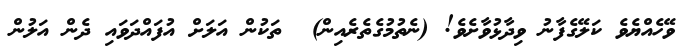
ވޭހެއްޔެވެ ކަލޭގެފާނު ވިދާޅުވާށެވެ! (ނެތުމުގެތެރެއިން)  ތަކުން އަލަށް އުފައްދަވައި ދެން އަލުން